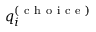
q _ { i } ^ { ( \mathrm { ~ c ~ h ~ o ~ i ~ c ~ e ~ } ) }